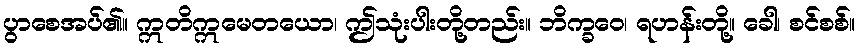
ပွာစေအပ်၏။ ဣတိဣမေတယော၊ ဤသုံးပါးတို့တည်း။ ဘိက္ခဝေ၊ ရဟန်းတို့။ ခေါ၊ စင်စစ်။